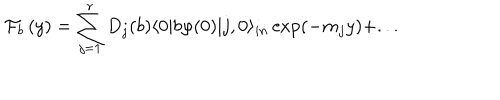
\mathcal { F } _ { b } \left( y \right) = \sum _ { j = 1 } ^ { r } D _ { j } ( b ) \langle 0 | b \varphi ( 0 ) | j , 0 \rangle _ { i n } \exp ( - m _ { j } y ) + . . .